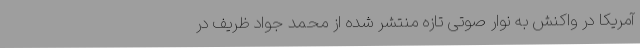
آمریکا در واکنش به نوار صوتی تازه منتشر شده از محمد جواد ظریف در